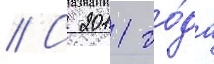
// С 2011 го́да